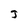
Character: J